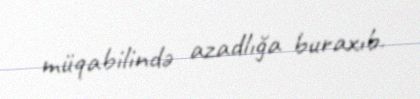
müqabilində azadlığa buraxıb.